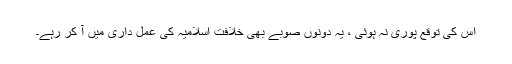
اس کی توقع پوری نہ ہوئی ، یہ دونوں صوبے بھی خلافت اسلامیہ کی عمل داری میں آ کر رہے۔